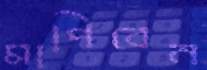
মাপিবেন